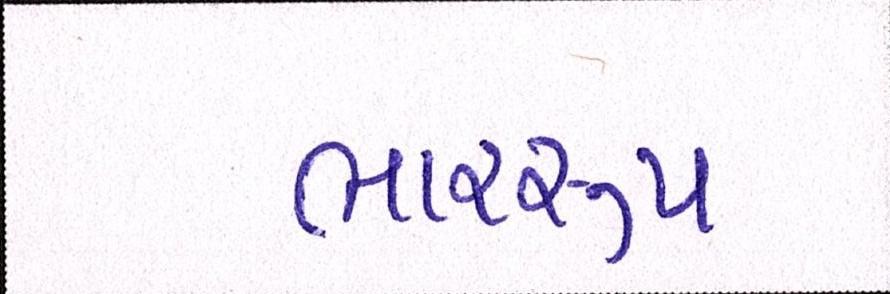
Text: ભારરૂપ